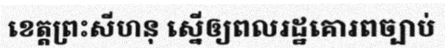
ខេត្តព្រះសីហនុ ស្នើឲ្យពលរដ្ឋគោរពច្បាប់